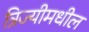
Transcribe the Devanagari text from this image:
त्रिज्यीमधील